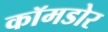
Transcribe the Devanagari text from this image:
कॉमडोर